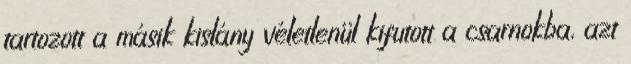
tartozott a másik kislány véletlenül kifutott a csarnokba, azt